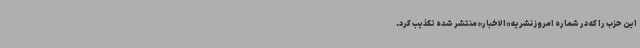
این حزب را که در شماره امروز نشریه «الاخبار» منتشر شده تکذیب کرد.